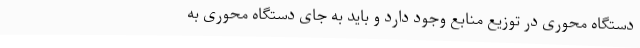
دستگاه محوری در توزیع منابع وجود دارد و باید به جای دستگاه محوری به